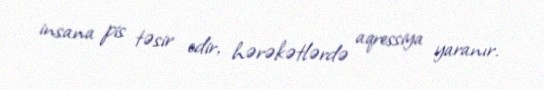
insana pis təsir edir, hərəkətlərdə aqressiya yaranır.